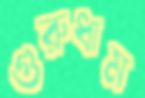
গুরুধাম